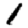
Digit: 1